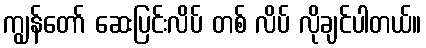
ကျွန်တော် ဆေးပြင်းလိပ် တစ် လိပ် လိုချင်ပါတယ်။